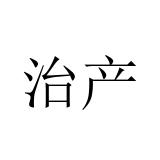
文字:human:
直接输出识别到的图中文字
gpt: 治产